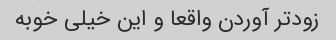
زودتر آوردن واقعا و این خیلی خوبه